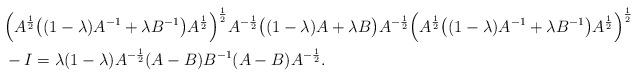
LaTeX: \begin{align*}&\Big(A^{\frac{1}{2}}\big((1-\lambda)A^{-1}+\lambda B^{-1}\big)A^{\frac{1}{2}}\Big)^{\frac{1}{2}}A^{-\frac{1}{2}}\big((1-\lambda)A+\lambda B\big)A^{-\frac{1}{2}}\Big(A^{\frac{1}{2}}\big((1-\lambda)A^{-1}+\lambda B^{-1}\big)A^{\frac{1}{2}}\Big)^{\frac{1}{2}}\\&-I=\lambda(1-\lambda)A^{-\frac{1}{2}}(A-B)B^{-1}(A-B)A^{-\frac{1}{2}}.\end{align*}